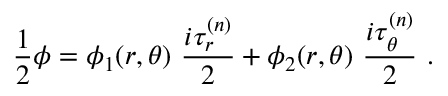
\frac { 1 } { 2 } \phi = \phi _ { 1 } ( r , \theta ) \ \frac { i \tau _ { r } ^ { ( n ) } } { 2 } + \phi _ { 2 } ( r , \theta ) \ \frac { i \tau _ { \theta } ^ { ( n ) } } { 2 } \ .